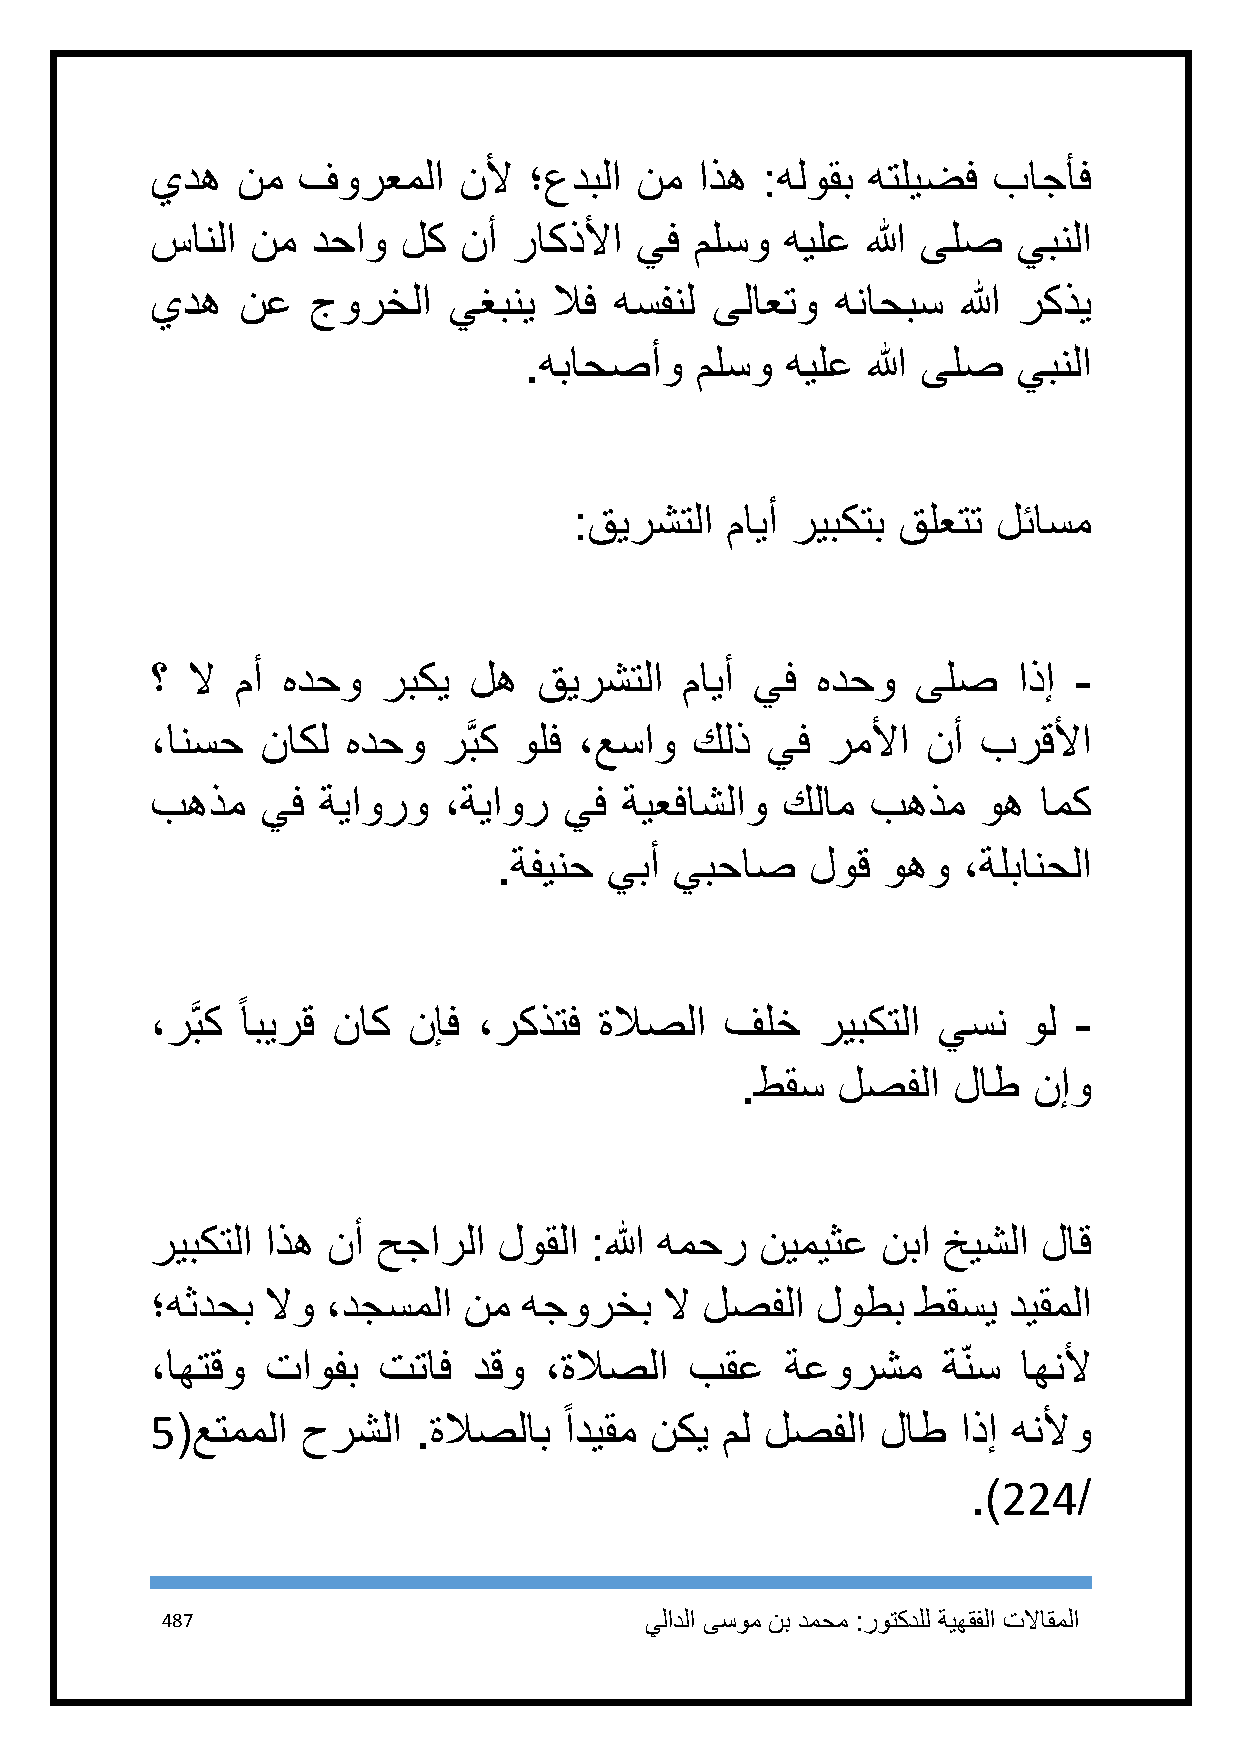
يده   نم  فورعملا   نلأ  ؛عدبلا نم  اذه :هلوقب هتليضف   باجأف
 سانلا  نم  دحاو  لك نأ  راكذلأا يف  ملسو  هيلع الله ىلص  يبنلا
 يده   نع  جورخلا    يغبني  لاف هسفنل ىلاعتو  هناحبس   الله ركذي
 .هباحصأو   ملسو  هيلع الله ىلص  يبنلا
 :قيرشتلا  مايأ ريبكتب قلعتت لئاسم
 ؟ لا  مأ هدحو  ربكي  له   قيرشتلا  مايأ يف  هدحو   ىلص   اذإ -
 ،انسح  ناكل  هدحو  رَّبك ولف ،عساو  كلذ  يف  رملأا نأ  برقلأا
 بهذم   يف  ةياورو  ،ةياور  يف  ةيعفاشلاو  كلام  بهذم   وه  امك
 .ةفينح يبأ  يبحاص    لوق وهو   ،ةلبانحلا
 ً
 ،رَّبك ابيرق ناك نإف  ،ركذتف  ةلاصلا  فلخ   ريبكتلا يسن   ول -
 .طقس  لصفلا   لاط  نإو
 ريبكتلا اذه نأ حجارلا  لوقلا :الله همحر نيميثع  نبا خيشلا  لاق
 ؛هثدحب  لاو ،دجسملا  نم  هجورخب   لا لصفلا  لوطب   طقسي  ديقملا
 ،اهتقو  تاوفب  تتاف  دقو  ،ةلاصلا   بقع   ةعورشم    ة نس  اهنلأ
 ً
 5(عتمملا  حرشلا  .ةلاصلاب  اديقم نكي  مل لصفلا  لاط   اذإ هنلأو
 .)224/
 487                             يلادلا ىسوم نب دمحم :روتكدلل ةيهقفلا تلااقملا